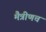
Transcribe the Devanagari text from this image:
मैत्रीणच